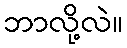
ဘာလို့လဲ။